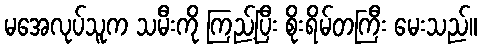
မအေလုပ်သူက သမီးကို ကြည့်ပြီး စိုးရိမ်တကြီး မေးသည်။